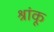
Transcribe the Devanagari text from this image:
श्रांकू